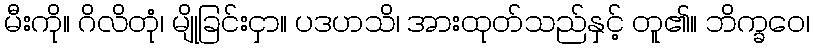
မီးကို။ ဂိလိတုံ၊ မျိုခြင်းငှာ။ ပဒဟသိ၊ အားထုတ်သည်နှင့် တူ၏။ ဘိက္ခဝေ၊